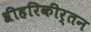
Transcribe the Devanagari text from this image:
श्रीहरिकीर्तन